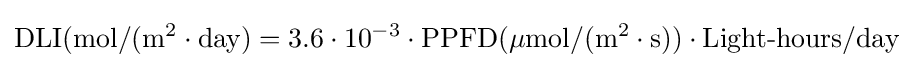
{\text{DLI}}({\text{mol}}/({\text{m}}^{2}\cdot {\text{day}})=3.6\cdot 10^{-3}\cdot {\text{PPFD}}(\mu {\text{mol}}/({\text{m}}^{2}\cdot {\text{s}}))\cdot {\text{Light-hours}}/{\text{day}}